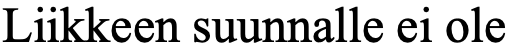
Liikkeen suunnalle ei ole